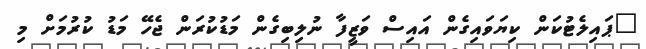
"ޕައިލެޓުކަން ކިޔަވައިގެން އައިސް ވަޒީފާ ނުލިބިގެން މަޑުކުރަން ޖެހޭ މަޑު ކުރުމަށް މި